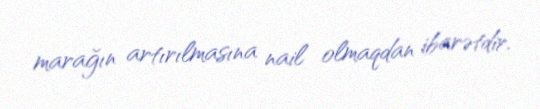
marağın artırılmasına nail olmaqdan ibarətdir.